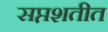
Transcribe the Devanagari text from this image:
सप्तशतीत